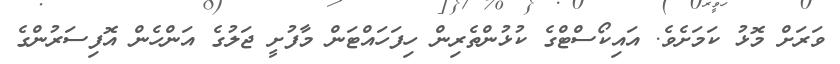
ވަރަށް މޮޅު ކަމަށެވެ. އައިކޯސްޓްގެ ކުޅުންތެރިން ހިފަހައްޓަން މާފުށީ ޖަލުގެ އަންހެން އޮފިސަރުންގެ